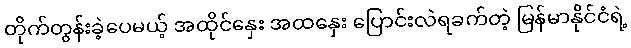
တိုက်တွန်းခဲ့ပေမယ့် အထိုင်နှေး အထနှေး ပြောင်းလဲရခက်တဲ့ မြန်မာနိုင်ငံရဲ့